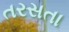
તરસતા